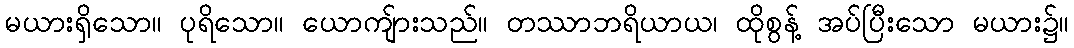
မယားရှိသော။ ပုရိသော။ ယောကျ်ားသည်။ တဿာဘရိယာယ၊ ထိုစွန့် အပ်ပြီးသော မယား၌။